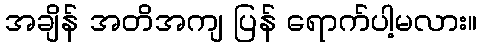
အချိန် အတိအကျ ပြန် ရောက်ပါ့မလား။